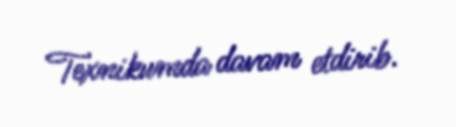
Texnikumda davam etdirib.